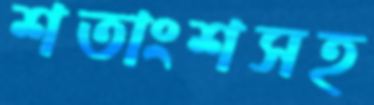
শতাংশসহ